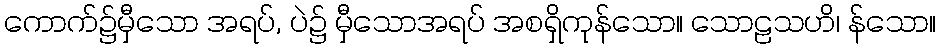
ကောက်၌မှီသော အရပ်, ပဲ၌ မှီသောအရပ် အစရှိကုန်သော။ သောဠသဟိ၊ န်သော။